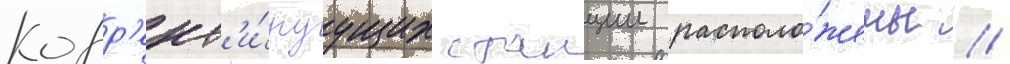
Корр'ект'и́руущих станции располо́жены //